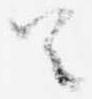
首